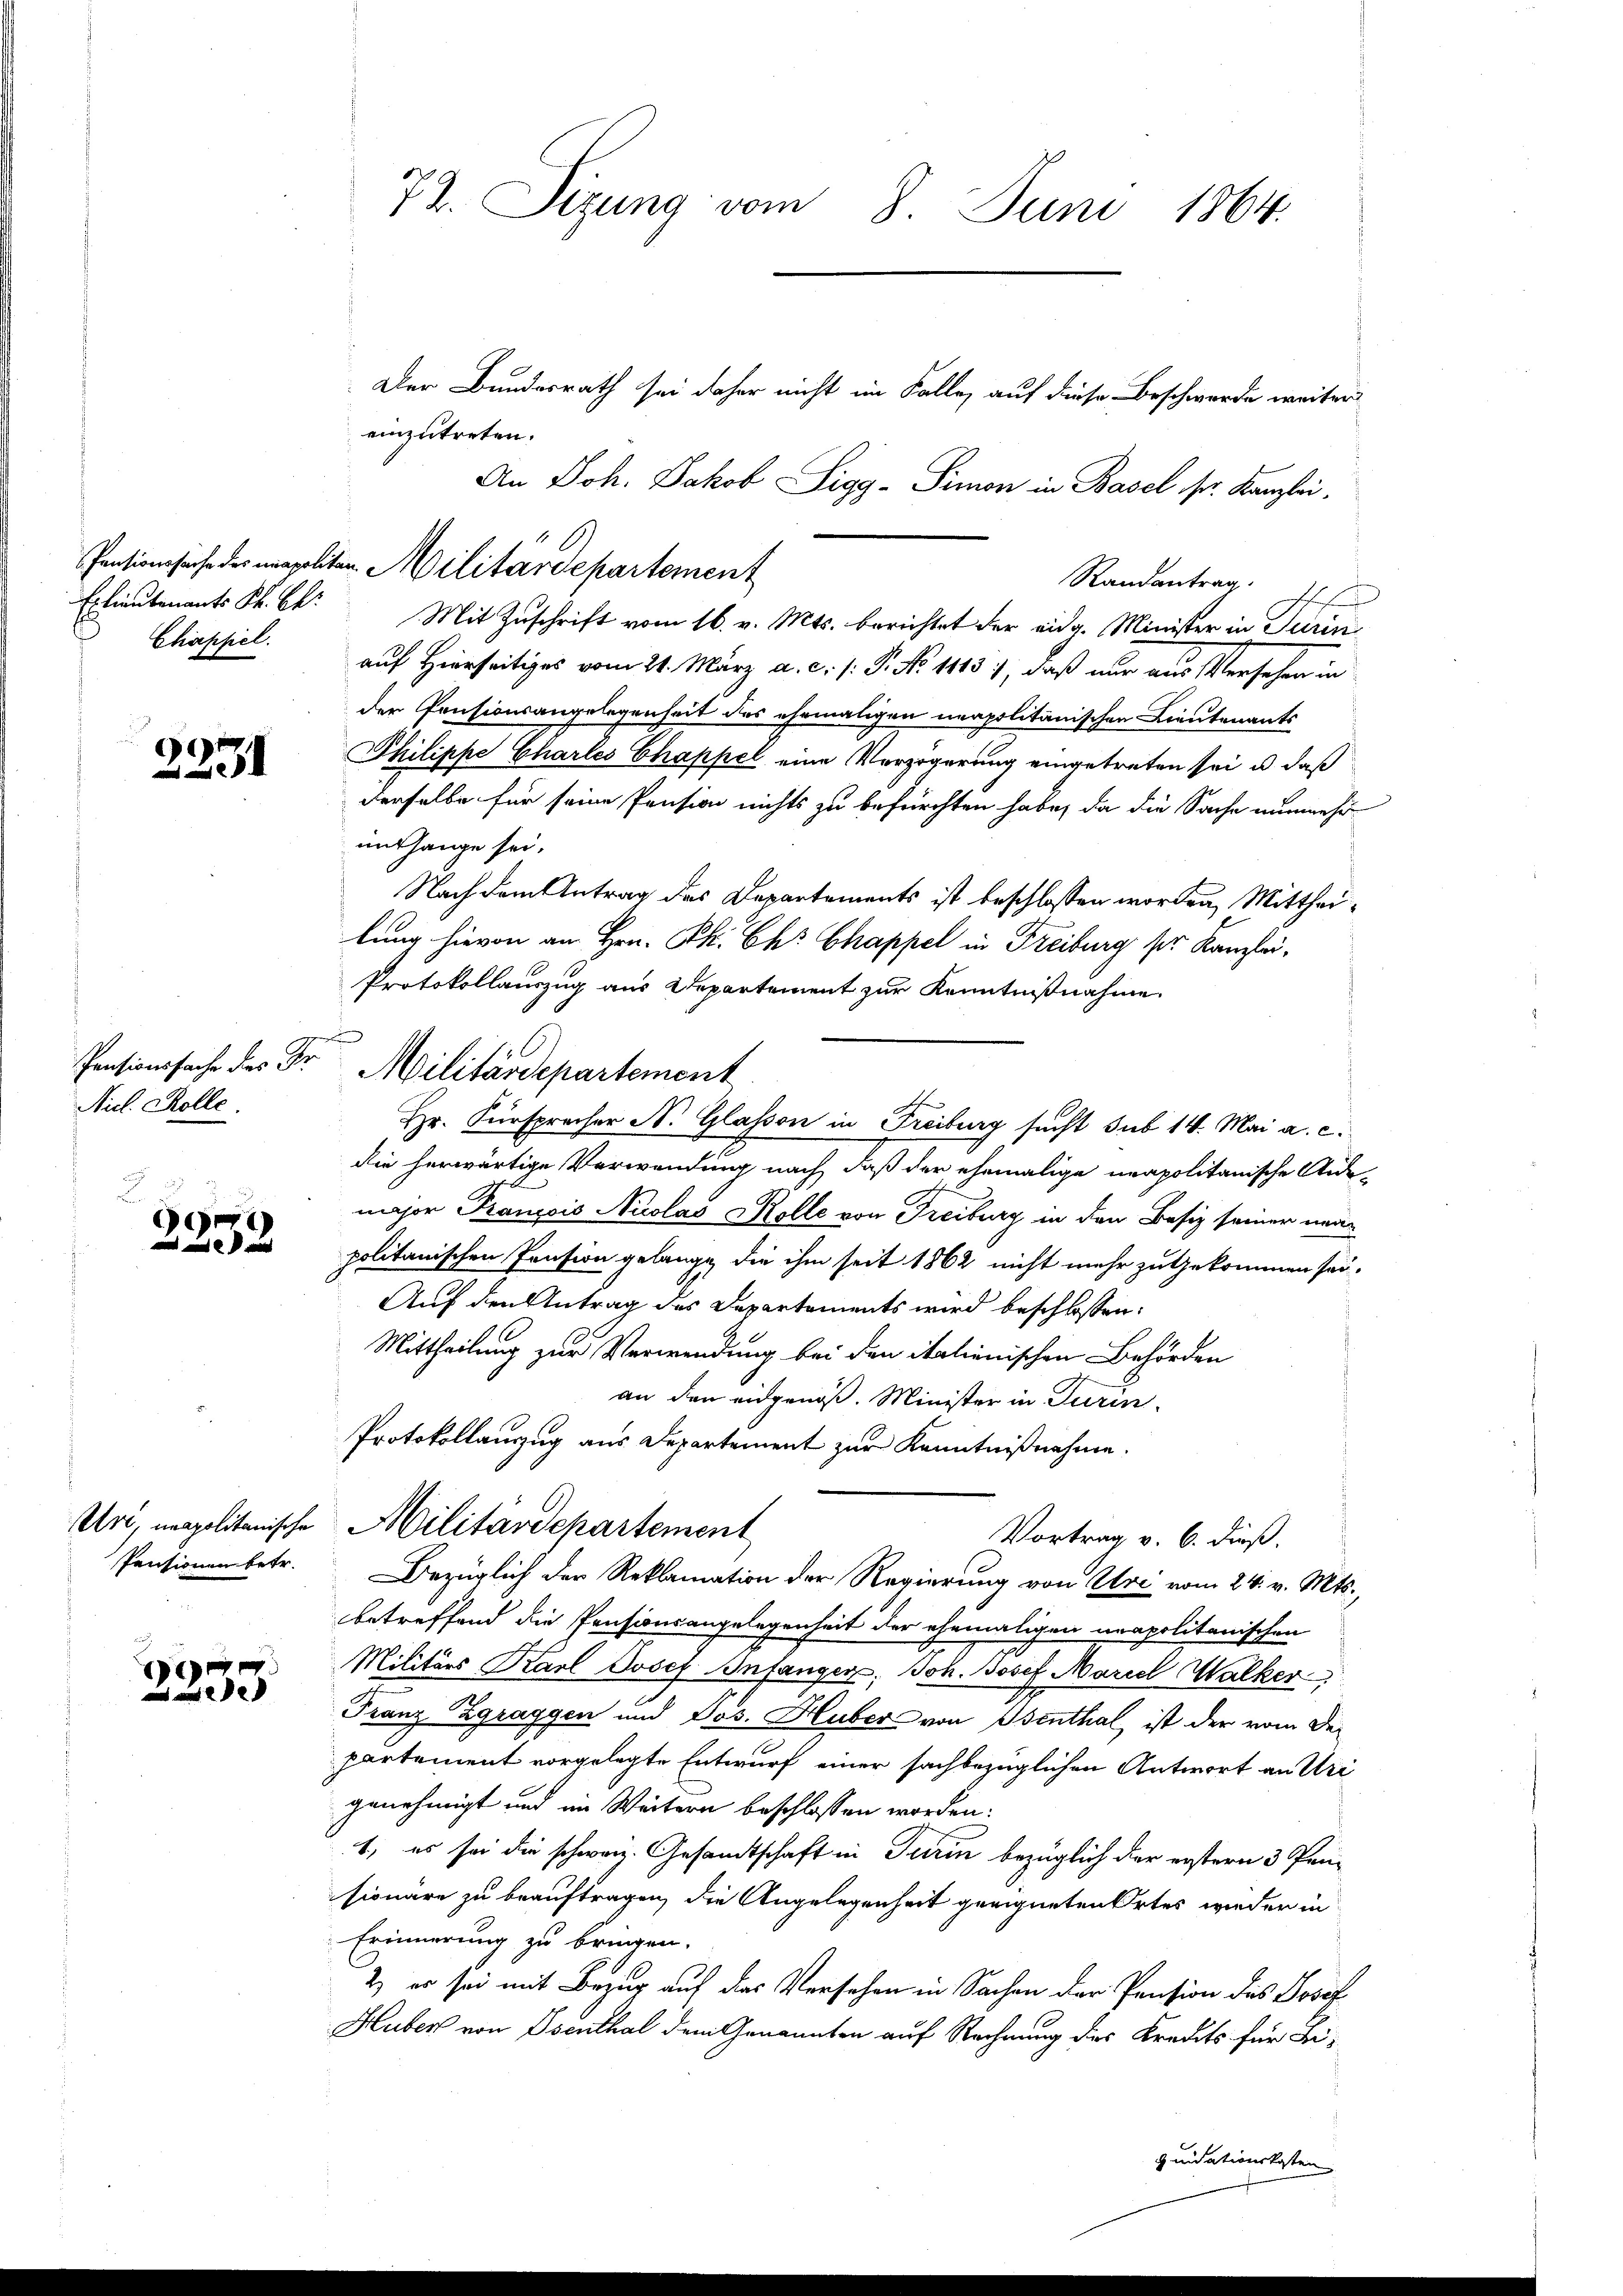
Chiepsiel.

2231

Nicl. Kolle.

.
e

e
2

72. Sizung vom 8. Juni 1864.

Der Bundesrath sei daher nicht im Falle, auf diese Beschwerde weiter
einzutreten.
An Joh. Jakob Sigg-Simon in Basel pr. Kanzlei.
Randantrag
Exlieutenants Sr. k. Mit Zuschrift vom 16. v. Mts. berichtet der eidg. Minister in Turin
auf Hierseitiges vom 21. März a. c. /: P. No 1113), daß nur aus Versehen in
der Pensionsangelegenheit des ehemaligen neapolitanischen Lieutenants
Philippe Chartes Chappel eine Verzögerung eingetreten sei, u. daß
derselbe für seine Pension nichts zu befürchten habe, da die Sache nunmehr
enthange sei.
Nach dem Antrag des Departements ist beschlossen worden, Mittheilung hievon an Hrn. Ph. Chr Chappel in Freiburg ser Kanzlei¬
Protokollauszug aus Departement zur Kenntnißnahme
e
Pensionssache des Dr. Militärdepartement
die herwärtige Verwendung nach, daß der ehemalige neapolitanische Ande
major Francois Nicolas Kolle von Freiburg in den Besiz seiner mapolitanischen Pension gelange die ihm seit 1862 nicht mehr zu gekommen sei.
Auf den Antrag des Departements wird beschlossen:
Mittheilung zur Verwendung bei den italienischen Behörden
an den eidgenoß. Minister in Turin
Protokollanzug aus Departement zur Kenntnißnahme.
Un, unpolitanische Militärdepartement
Vortrag v. 6. dieß.
Pensionenbetr. Bezüglich der Reklamation der Regierung von Uri vom 24. v. Mts.
betreffend die Pensionsangelegenheit der ehemaligen unapolitanischen
Militärs Karl Josef Infanger, Joh. Josef Mariel Walker
Franz Zgraggen und Jos. Huber von Benthal, ist der vom Departement vorgelegte Entwurf einer sachbezüglichen Antwort an Uri
genehmigt und im Weitern beschlossen worden:
1, es sei die schwarz. Gesandtschaft in Turin bezüglich der erstern 3 Pensionäre zu beauftragen, die Angelegenheit geeigneten Ortes wieder in
Erinnerung zu bringen.
2) es sei mit Bezug auf das Versehen in Sachen der Pension des Josef
Huber von Osenthal dem Genannten auf Rechnung des Kredits für Be-
quidationskosten

Pensionsache der meapoliten. Militärdepartement

E
Hr. Fürsprecher N. Glassen in Freiburg sucht sub 14. Mai a. c.